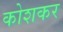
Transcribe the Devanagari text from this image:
कोशकर